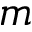
m